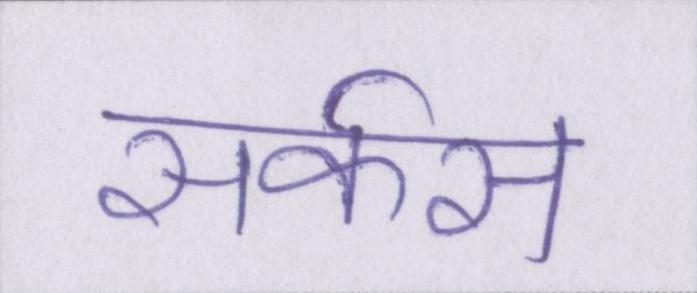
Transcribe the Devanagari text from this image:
सर्कस